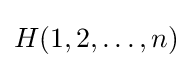
H(1,2,\ldots ,n)